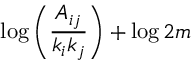
\log \left( \frac { A _ { i j } } { k _ { i } k _ { j } } \right) + \log 2 m